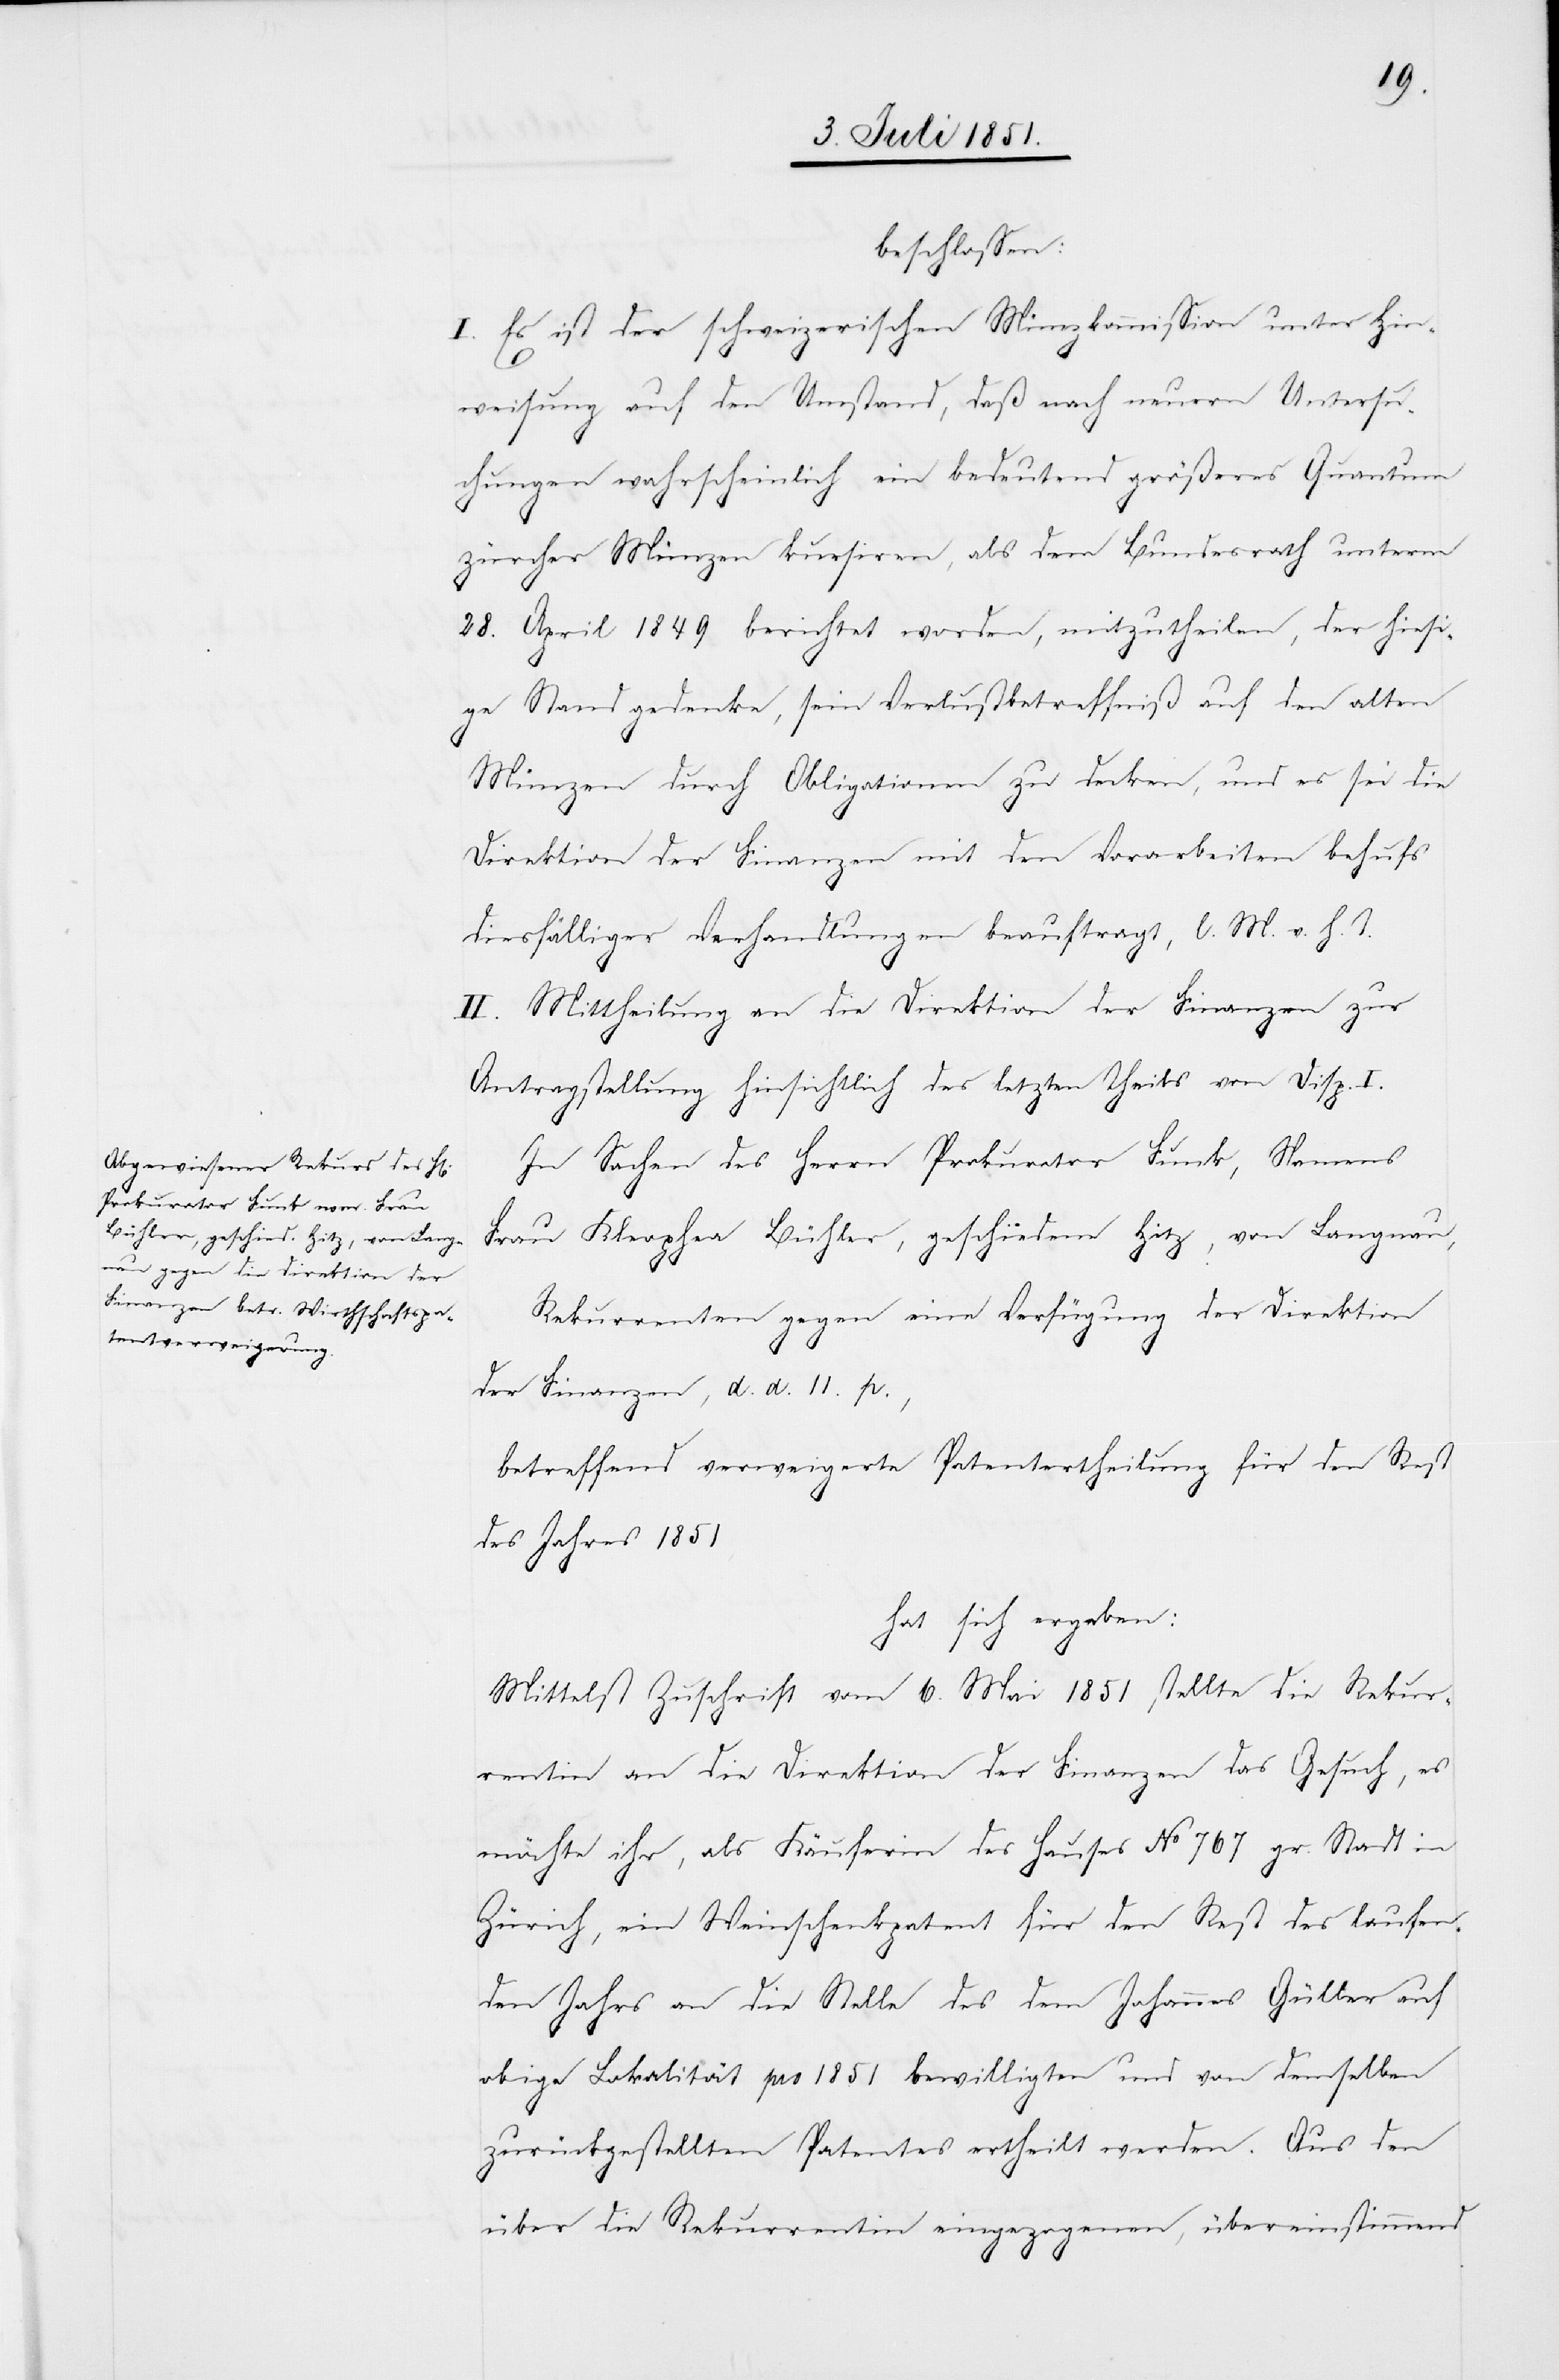
beschlossen:
I. Es ist der schweizerischen Münzkommission unter Hin¬
weisung auf den Umstand, daß nach neuern Untersu¬
chungen wahrscheinlich ein bedeutend größeres Quantum
zürcher Münzen kursiren, als dem Bundesrath unterm
28. April 1849 berichtet worden, mitzutheilen, der hiesi¬
ge Stand gedenke, sein Verlustbetreffniß auf den alten
Münzen durch Obligationen zu decken, und es sei die
Direktion der Finanzen mit den Vorarbeiten behufs
diesfälliger Verhandlungen beauftragt, l. M. v. h. T.
II. Mittheilung an die Direktion der Finanzen zur
Antragstellung hinsichtlich des letzten Theils von Disp. I.
In Sachen des Herrn Prokurator Funk, Namens
Frau Kleophea Bühler, geschiedene Hitz, von Langnau,
Rekurrenten gegen eine Verfügung der Direktion
der Finanzen, d. d. 11. p.,
betreffend verweigerte Patentertheilung für den Rest
des Jahres 1851
hat sich ergeben:
Mittelst Zuschrift vom 6. Mai 1851 stellte die Rekur¬
rentin an die Direktion der Finanzen das Gesuch, es
möchte ihr, als Käuferin des Hauses No 767 gr. Stadt in
Zürich, ein Weinschenkpatent für den Rest des laufen¬
den Jahrs an die Stelle des dem Johannes Güller auf
obige Lokalität pro 1851 bewilligten und von demselben
zurückgestellten Patentes ertheilt werden. Aus den
über die Rekurrentin eingezogenen, übereinstimmend